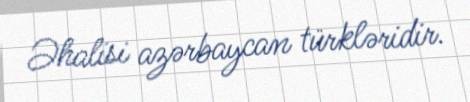
Əhalisi azərbaycan türkləridir.